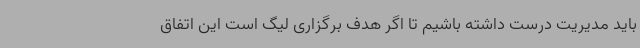
باید مدیریت درست داشته باشیم تا اگر هدف برگزاری لیگ است این اتفاق